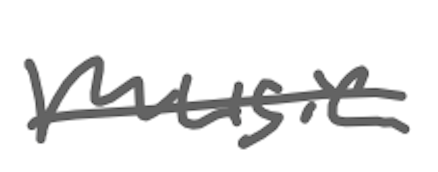
Text: music
Cross-out: single-line
Writing tool: digital_gray